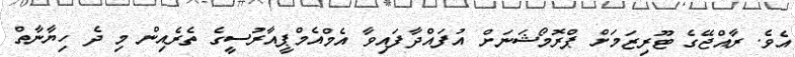
އެވެ. ރާއްޖޭގެ ޓޫރިޒަމަށް ޕްރޮމޯޝަނަށް އުފައްދާފައިވާ އެމްއެމްޕީއާރުސީގެ ތެރެއިން މި ދެ ހިޔާނާތް